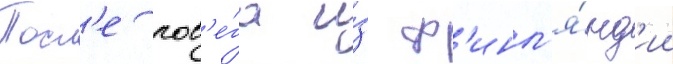
Посл'е поб'е́га и́з ф'инл'я́нд'ии